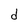
Character: d